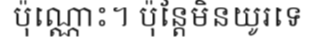
ប៉ុណ្ណោះ។ ប៉ុន្តែមិនយូរទេ